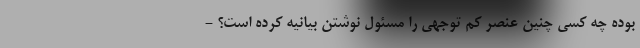
بوده چه کسی چنین عنصر کم توجهی را مسئول نوشتن بیانیه کرده است؟ -